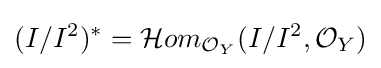
(I/I^{2})^{*}={\mathcal {H}}om_{{\mathcal {O}}_{Y}}(I/I^{2},{\mathcal {O}}_{Y})